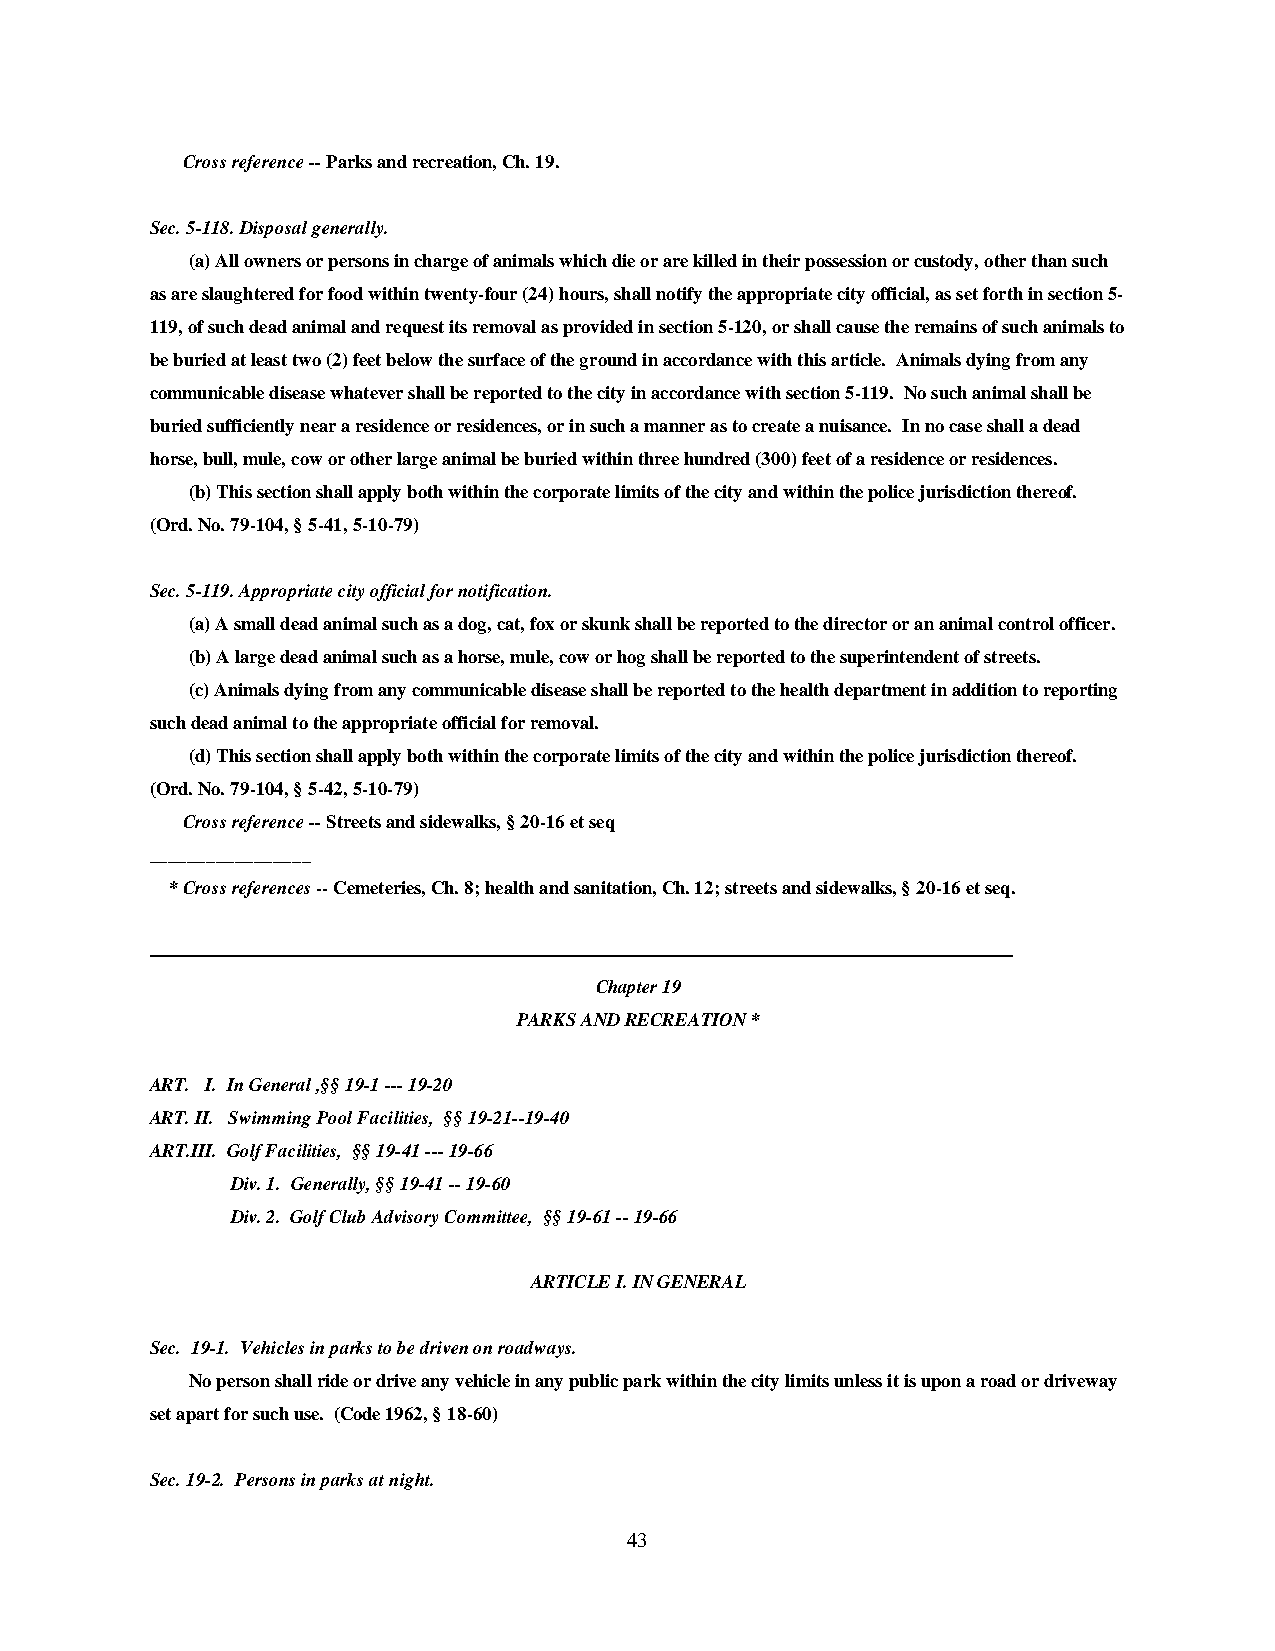
Cross reference -- Parks and recreation, Ch. 19.
 Sec. 5-118. Disposal generally.
 (a) All owners or persons in charge of animals which die or are killed in their possession or custody, other than such
 as are slaughtered for food within twenty-four (24) hours, shall notify the appropriate city official, as set forth in section 5-
 119, of such dead animal and request its removal as provided in section 5-120, or shall cause the remains of such animals to
 be buried at least two (2) feet below the surface of the ground in accordance with this article. Animals dying from any
 communicable disease whatever shall be reported to the city in accordance with section 5-119. No such animal shall be
 buried sufficiently near a residence or residences, or in such a manner as to create a nuisance. In no case shall a dead
 horse, bull, mule, cow or other large animal be buried within three hundred (300) feet of a residence or residences.
 (b) This section shall apply both within the corporate limits of the city and within the police jurisdiction thereof.
 (Ord. No. 79-104, § 5-41, 5-10-79)
 Sec. 5-119. Appropriate city official for notification.
 (a) A small dead animal such as a dog, cat, fox or skunk shall be reported to the director or an animal control officer.
 (b) A large dead animal such as a horse, mule, cow or hog shall be reported to the superintendent of streets.
 (c) Animals dying from any communicable disease shall be reported to the health department in addition to reporting
 such dead animal to the appropriate official for removal.
 (d) This section shall apply both within the corporate limits of the city and within the police jurisdiction thereof.
 (Ord. No. 79-104, § 5-42, 5-10-79)
 Cross reference -- Streets and sidewalks, § 20-16 et seq
 _________________
 * Cross references -- Cemeteries, Ch. 8; health and sanitation, Ch. 12; streets and sidewalks, § 20-16 et seq.
 ——————————————————————————————————————————————
 Chapter 19
 PARKS AND RECREATION *
 ART. I. In General ,§§ 19-1 --- 19-20
 ART. II. Swimming Pool Facilities, §§ 19-21--19-40
 ART.III. Golf Facilities, §§ 19-41 --- 19-66
 Div. 1. Generally, §§ 19-41 -- 19-60
 Div. 2. Golf Club Advisory Committee, §§ 19-61 -- 19-66
 ARTICLE I. IN GENERAL
 Sec. 19-1. Vehicles in parks to be driven on roadways.
 No person shall ride or drive any vehicle in any public park within the city limits unless it is upon a road or driveway
 set apart for such use. (Code 1962, § 18-60)
 Sec. 19-2. Persons in parks at night.
 43